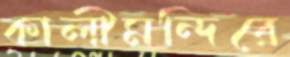
কালীমন্দিরে